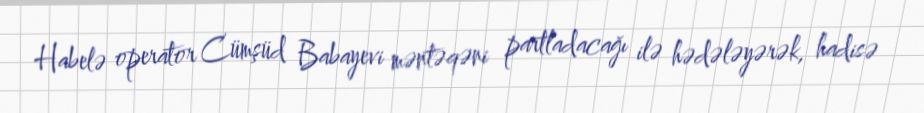
Habelə operator Cümşüd Babayevi məntəqəni partladacağı ilə hədələyərək, hadisə